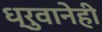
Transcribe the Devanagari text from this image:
ध्रुवानेही